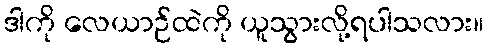
ဒါကို လေယာဉ်ထဲကို ယူသွားလို့ရပါသလား။